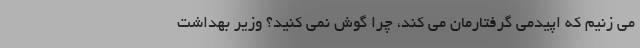
می زنیم که اپیدمی گرفتارمان می کند، چرا گوش نمی کنید؟ وزیر بهداشت